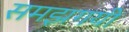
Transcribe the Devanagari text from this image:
समझगयी